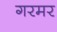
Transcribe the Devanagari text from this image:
गरमर